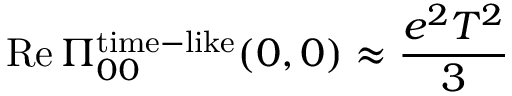
\mathrm { R e } \, \Pi _ { 0 0 } ^ { \mathrm { t i m e } - \mathrm { l i k e } } ( 0 , 0 ) \approx { \frac { e ^ { 2 } T ^ { 2 } } { 3 } }